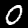
Label: 0